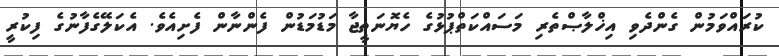
ކުރައްވަމުން ގެންދެވި އިޚްލާޞްތެރި މަސައްކަތްޕުޅުގެ ހެޔޮނަތީޖާ މަޑުމަޑުން ފެންނާން ފެށިއެވެ. އެކަލޭގެފާނުގެ ފިކުރީ